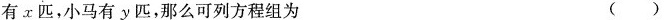
有x匹，小马有y匹，那么可列方程组为（）